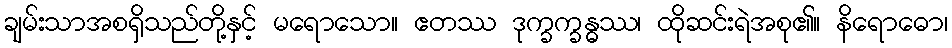
ချမ်းသာအစရှိသည်တို့နှင့် မရောသော။ ဧတဿ ဒုက္ခက္ခန္ဓဿ၊ ထိုဆင်းရဲအစု၏။ နိရောဓော၊